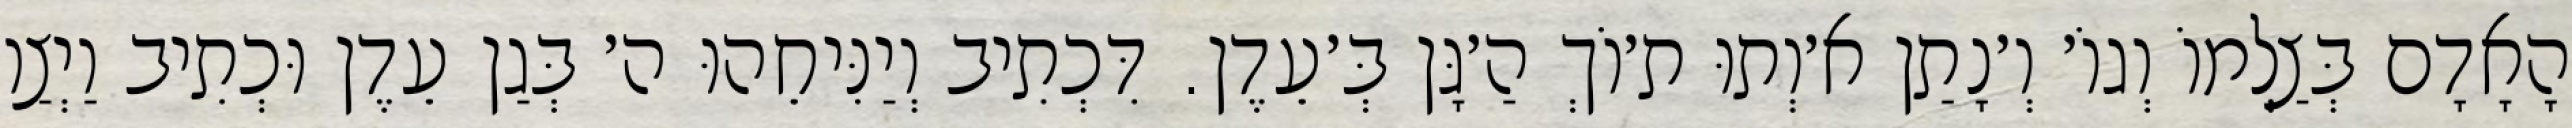
הָאָדָם בְּצַלְמוֹ וְגוֹ׳ וְ׳נָתַן א׳וְתוּ ת׳וֹךְ הַ׳גָּן בְּ׳עֵדֶן. דִּכְתִיב וְיַנִּיחֵהוּ ה׳ בְּגַן עֵדֶן וּכְתִיב וַיְצַו